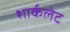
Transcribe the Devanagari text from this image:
शार्कलेट